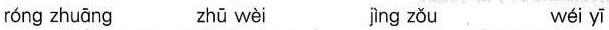
róng zhuāng zhū wèi jìng zǒu wéi yī